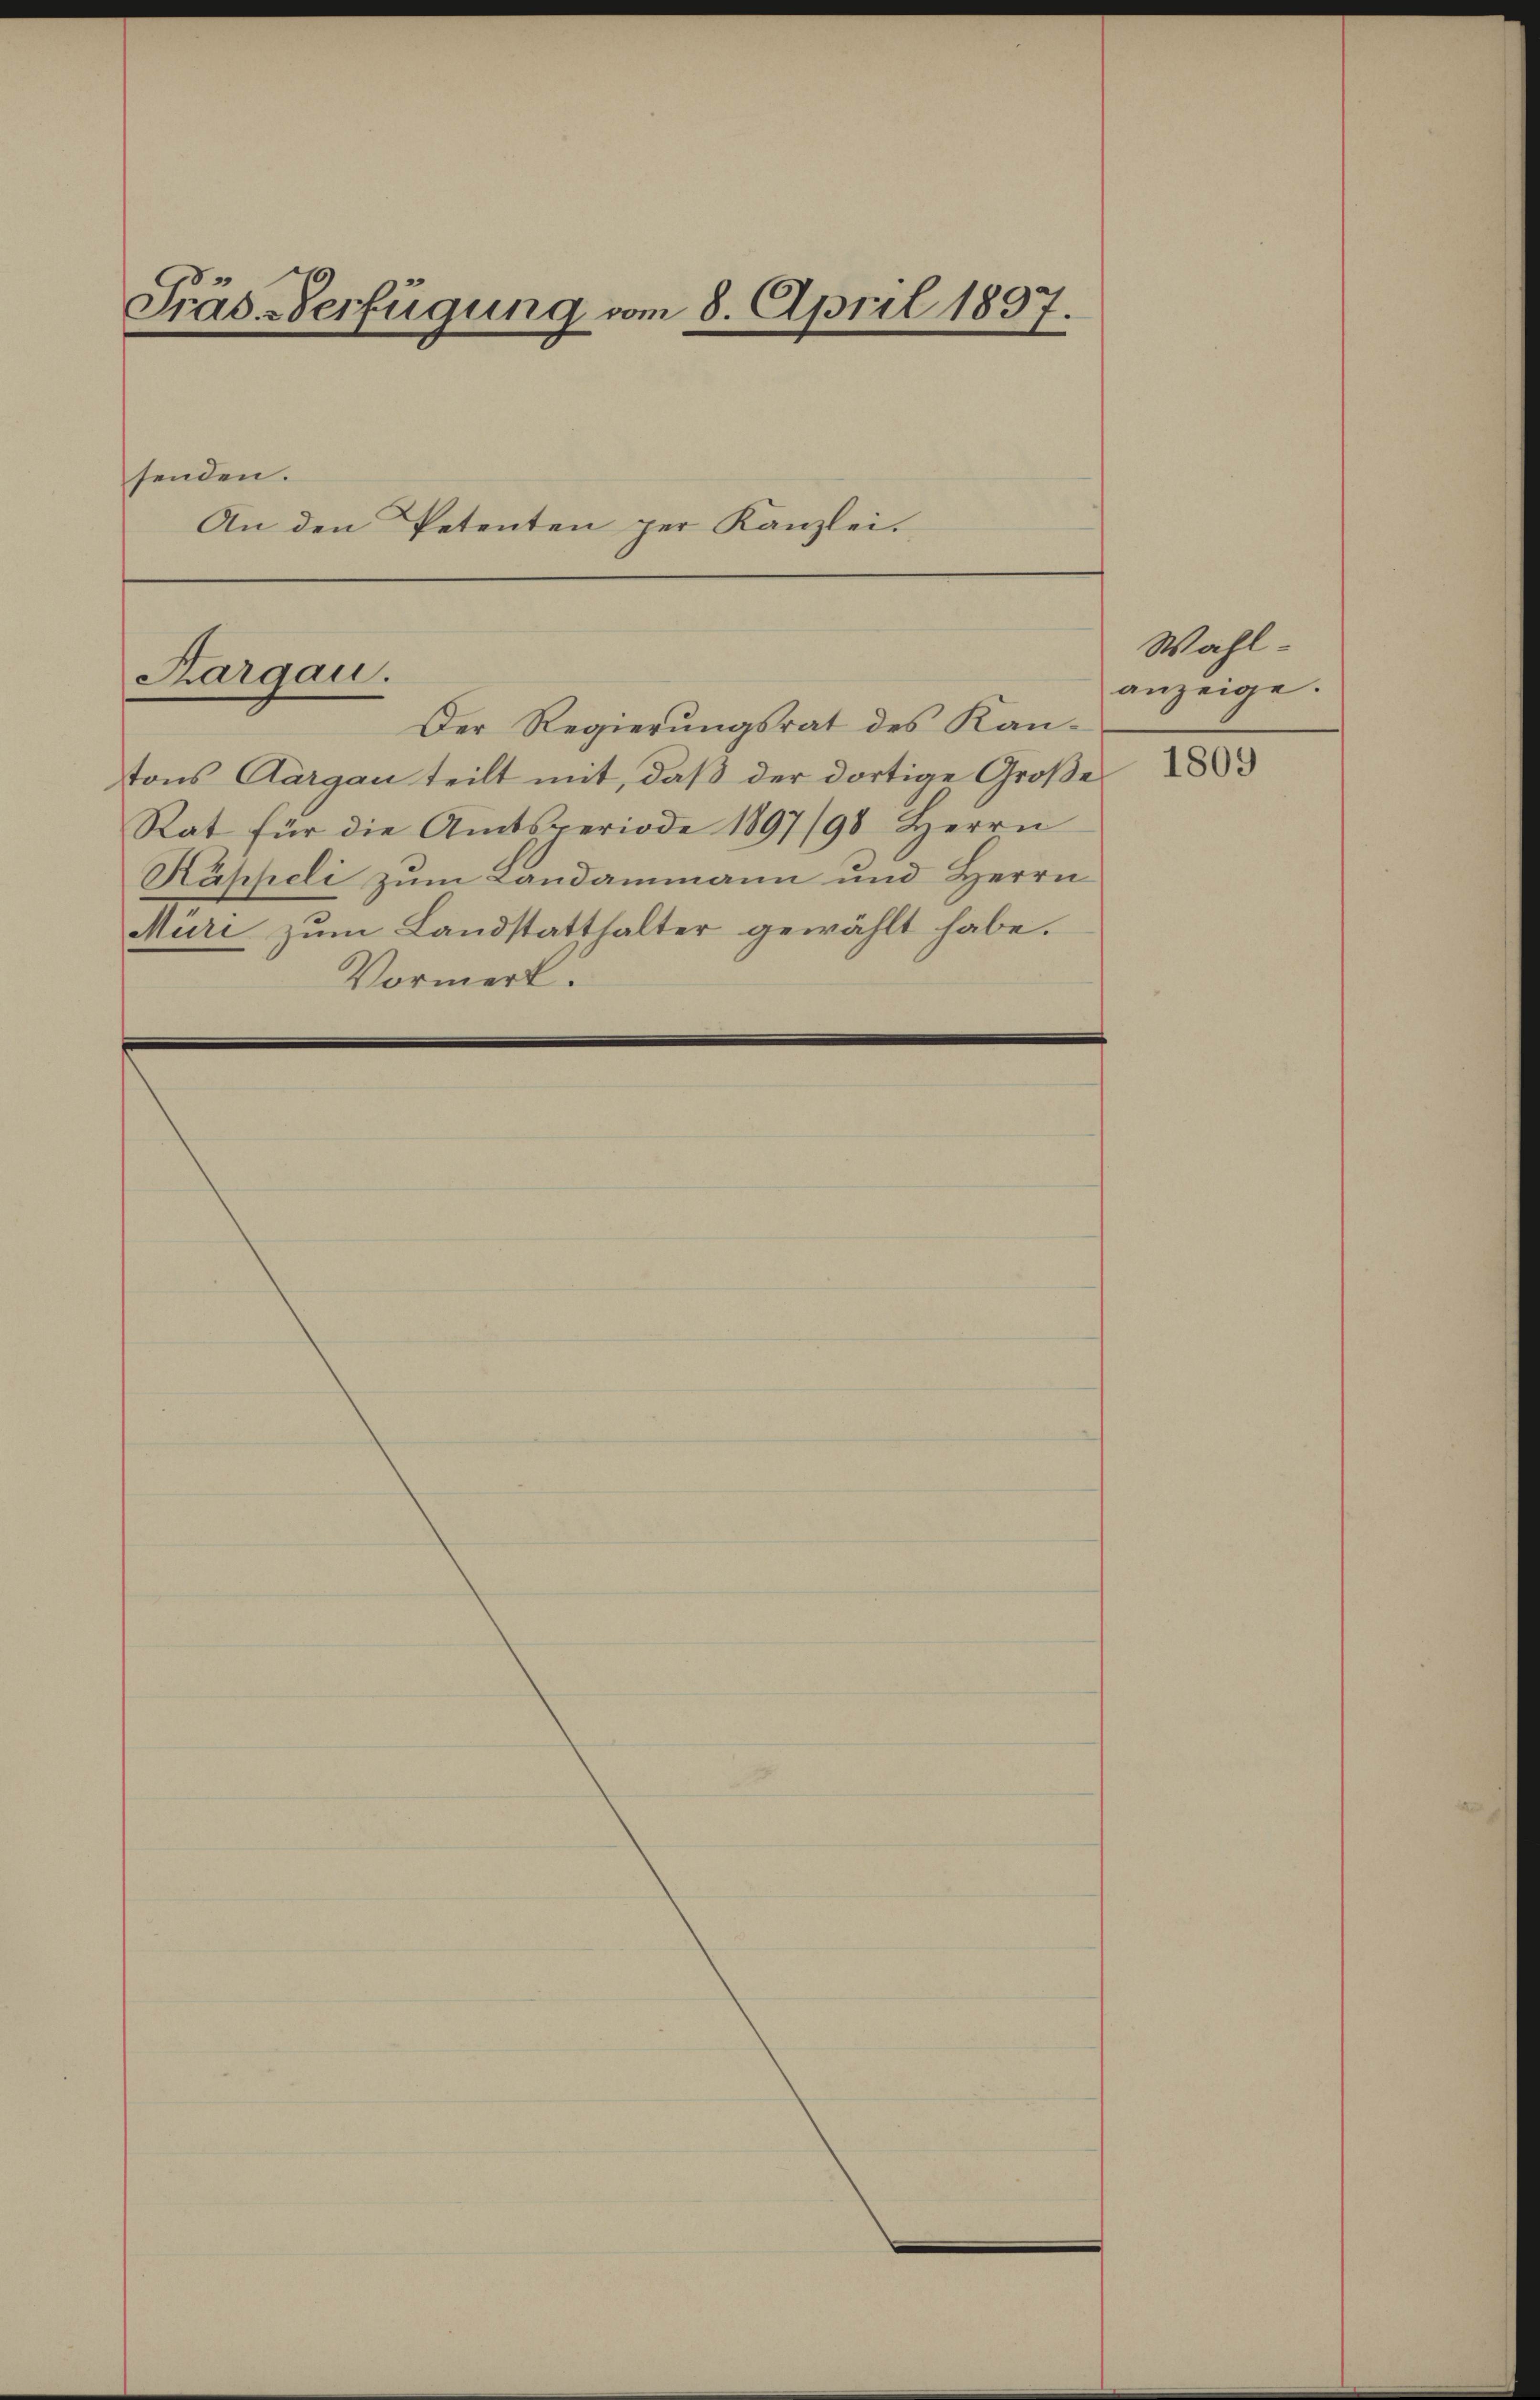
Präs. Verfügung vom 8. April 1897.

senden.
An den Petenten per Kanzlei.

Kargau.

Der Regierungsrat des Kantons Aargau teilt mit, daß der dortige Große
Rat für die Amtsperiode 1897/98 Herrn
Käppeli zum Landammann und Herrn
Müri zum Landstatthalter gewählt habe.
Vormerk.

Wahl
anzeige.

1809